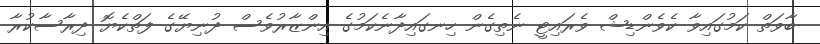
ބާވަތް ކަމުގައިވާ ކެވެންޑިޝް ވެރައިޓީ ނެތިގެން ހިނގައިދާނެކަމުގެ އިންޒާރުވެސް ދުނިޔޭގެ ފަތްކެޔޮ ދިރާސާކުރާ